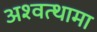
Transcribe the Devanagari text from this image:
अश्‍वत्थामा